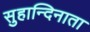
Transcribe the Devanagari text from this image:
सुहान्दिनाता